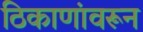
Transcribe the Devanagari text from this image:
ठिकाणांवरून